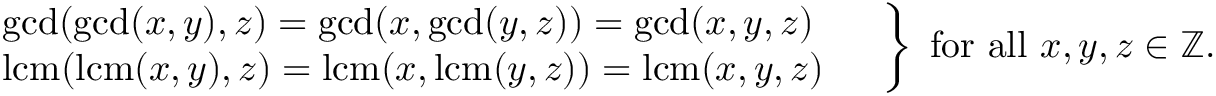
\left. { \begin{array} { l } { \gcd ( \gcd ( x , y ) , z ) = \gcd ( x , \gcd ( y , z ) ) = \gcd ( x , y , z ) \ \quad } \\ { \operatorname { l c m } ( \operatorname { l c m } ( x , y ) , z ) = \operatorname { l c m } ( x , \operatorname { l c m } ( y , z ) ) = \operatorname { l c m } ( x , y , z ) \quad } \end{array} } \right\} { \mathrm { ~ f o r ~ a l l ~ } } x , y , z \in \mathbb { Z } .